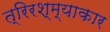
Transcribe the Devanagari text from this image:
त्रिरश्म्याकार